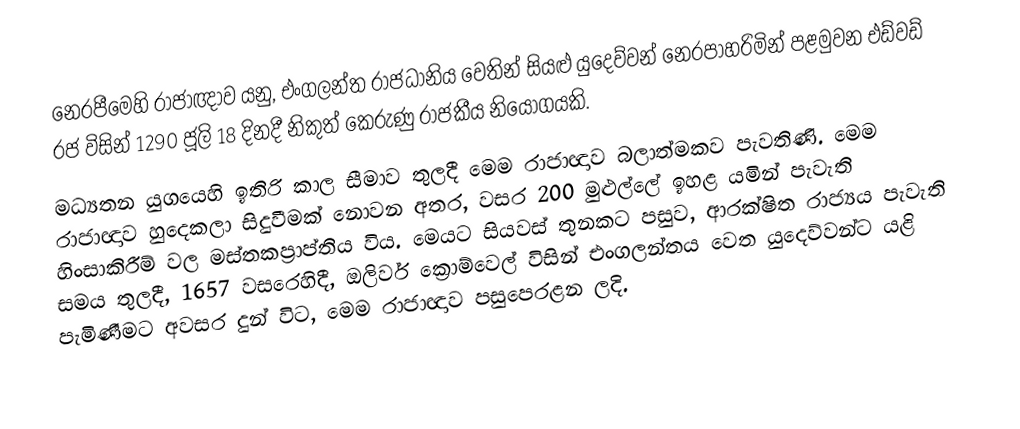
නෙරපීමෙහි රාජාඥාව යනු,  එංගලන්ත රාජධානිය වෙතින් සියළු යුදෙව්වන් නෙරපාහරිමින් පළමුවන එඩ්වඩ් රජ විසින් 1290 ජූලි 18 දිනදී නිකුත් කෙරුණු රාජකීය නියෝගයකි.
මධ්‍යතන යුගයෙහි  ඉතිරි කාල සීමාව තුලදී මෙම රාජාඥාව බලාත්මකව පැවතිණි. මෙම රාජාඥාව හුදෙකලා සිදුවීමක් නොවන අතර, වසර 200 මුළුල්ලේ ඉහළ යමින් පැවැති  හිංසාකිරීම් වල මස්තකප්‍රාප්තිය විය.  මෙයට සියවස් තුනකට පසුව, ආරක්ෂිත රාජ්‍යය පැවැති සමය තුලදී, 1657 වසරෙහිදී,  ඔලිවර් ක්‍රොම්වෙල් විසින්  එංගලන්තය වෙත යුදෙව්වන්ට යළි පැමිණීමට අවසර දුන් විට, මෙම රාජාඥාව පසුපෙරළන ලදි.